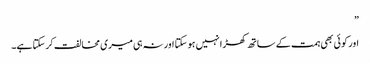
”
اور کو ئی بھی ہمت کے ساتھ کھڑا نہیں ہو سکتا اور نہ ہی میری مخالفت کر سکتا ہے۔